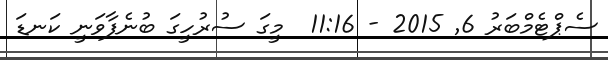
ސެޕްޓެމްބަރު 6